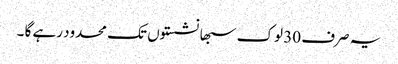
یہ صرف 30 لوک سبھا نشستوں تک محدود رہے گا ۔